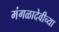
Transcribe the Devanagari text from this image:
मंगळादेवीच्या